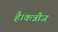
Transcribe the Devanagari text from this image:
है।कन्नौज